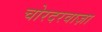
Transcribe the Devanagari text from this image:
चोरदरवाज़ा